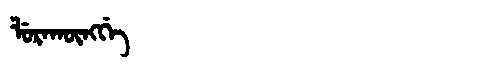
Manchu: ᠯᡠᡵᠠᡴᡡᠩᡤᡝ
Romanization: LURAKŪNGGE